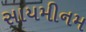
સાયમીનમ